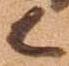
候